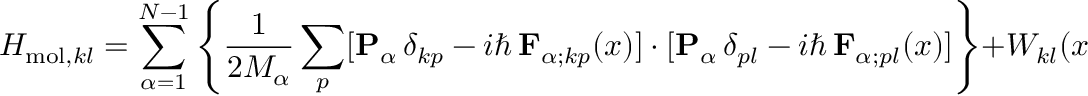
H _ { \mathrm { m o l } , k l } = \sum _ { \alpha = 1 } ^ { N - 1 } \left\{ \frac { 1 } { 2 M _ { \alpha } } \sum _ { p } [ { \mathbf { P } } _ { \alpha } \, \delta _ { k p } - i \hbar \, { \mathbf { F } } _ { \alpha ; k p } ( x ) ] \cdot [ { \mathbf { P } } _ { \alpha } \, \delta _ { p l } - i \hbar \, { \mathbf { F } } _ { \alpha ; p l } ( x ) ] \right\} + W _ { k l } ( x ) ,